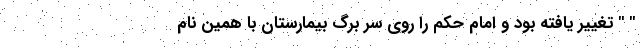
" " تغییر یافته بود و امام حکم را روی سر برگ بیمارستان با همین نام